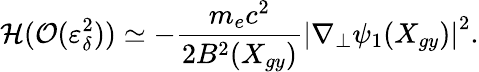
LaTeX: \mathcal{H}(\mathcal{O}(\varepsilon_{\delta}^{2}))\simeq-\frac{m_{e}c^{2}}{2B^{2}(X_{gy})}\left|\nabla_{\perp}\psi_{1}(X_{gy})\right|^{2}.